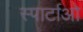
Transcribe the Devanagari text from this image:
स्पार्टाओ